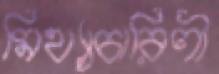
মিথ্যাচারিণী